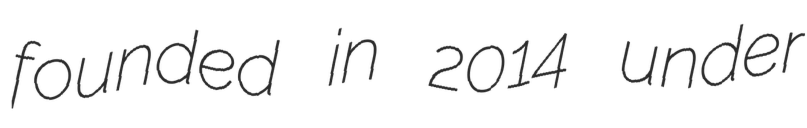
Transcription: founded in 2014 under